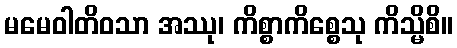
မမေဝါတိဝသာ အဿု၊ ကိစ္စာကိစ္စေသု ကိသ္မိစိ။